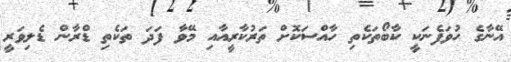
އޭނާގެ ހުވަފެނަކީ ކާބޯތަކެތި ހާއްސަކޮށް ތަރުކާރީއާއި މޭވާ ފަދަ ތަކެތި ޑްރާން ޑެލިވަރީ